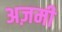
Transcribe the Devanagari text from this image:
अज़मी